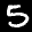
Label: 5